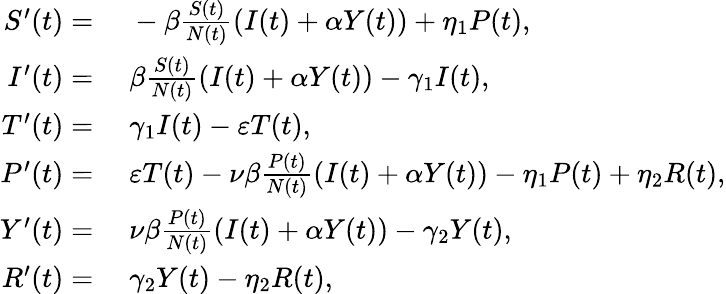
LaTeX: \begin{array}{rl}{S^{\prime}(t)=}&{{}\; -\beta\frac{S(t)}{N(t)}(I(t)+\alpha Y(t))+\eta_{1}P(t),}\\ {I^{\prime}(t)=}&{{}\; \beta\frac{S(t)}{N(t)}(I(t)+\alpha Y(t))-\gamma_{1}I(t),}\\ {T^{\prime}(t)=}&{{}\; \gamma_{1}I(t)-\varepsilon T(t),}\\ {P^{\prime}(t)=}&{{}\; \varepsilon T(t)-\nu\beta\frac{P(t)}{N(t)}(I(t)+\alpha Y(t))-\eta_{1}P(t)+\eta_{2}R(t),}\\ {Y^{\prime}(t)=}&{{}\; \nu\beta\frac{P(t)}{N(t)}(I(t)+\alpha Y(t))-\gamma_{2}Y(t),}\\ {R^{\prime}(t)=}&{{}\; \gamma_{2}Y(t)-\eta_{2}R(t),}\end{array}